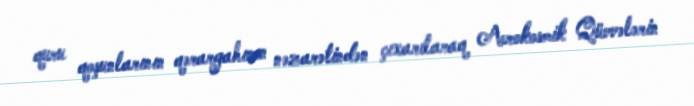
quru qoşunlarının qərargahının nəzarətindən çıxarılaraq Aerokosmik Qüvvələrin